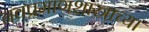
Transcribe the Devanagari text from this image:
नवप्रमाणशास्त्राच्या